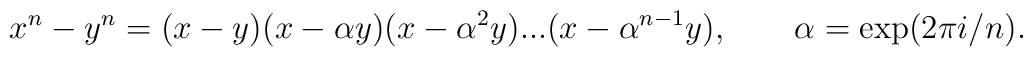
x^{n}-y^{n}=(x-y)(x-\alpha y)(x-\alpha ^{2}y)...(x-\alpha ^{n-1}y),\qquad\alpha =\exp (2\pi i/n).